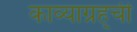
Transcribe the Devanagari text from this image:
काव्याग्रह्ची